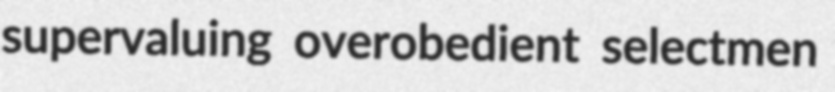
supervaluing overobedient selectmen